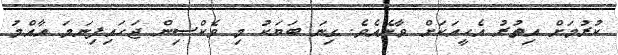
ކުރުމަށް އިތުރު އެހީއަކަށް ވާނެއެވެ. ގިނަ ބަޔަކު މި ވެކްސިން ޖަހައިފިނަމަ އާއްމު